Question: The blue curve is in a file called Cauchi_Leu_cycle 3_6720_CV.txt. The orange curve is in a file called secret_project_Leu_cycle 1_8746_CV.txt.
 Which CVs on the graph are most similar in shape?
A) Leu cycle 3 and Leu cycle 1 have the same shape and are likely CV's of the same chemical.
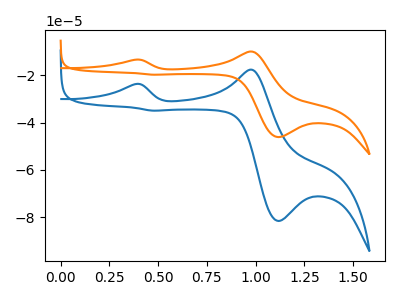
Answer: <think>The blue curve "Leu cycle 3" has anodic peaks at (0.40V, -23.70uA) (1.00V, -17.65uA) and cathodic peaks at (1.10V, -81.55uA) (0.45V, -34.95uA). The orange curve "Leu cycle 1" has anodic peaks at (0.40V, -13.40uA) (1.00V, -9.95uA) and cathodic peaks at (1.10V, -46.10uA) (0.45V, -19.75uA).
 All the peaks in "Leu cycle 3" have a peak in "Leu cycle 1" at the same potential.</think>
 <answer>A) "Leu cycle 3" and "Leu cycle 1" have the same shape and are likely CV's of the same chemical.</answer>
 <eval>A</eval>